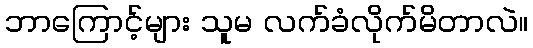
ဘာကြောင့်များ သူမ လက်ခံလိုက်မိတာလဲ။